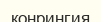
конрингия